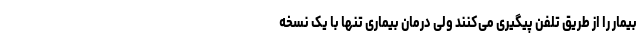
بیمار را از طریق تلفن پیگیری می‌کنند ولی درمان بیماری تنها با یک نسخه